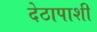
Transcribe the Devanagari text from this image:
देठापाशी